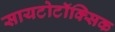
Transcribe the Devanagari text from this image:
सायटोटॉक्सिक